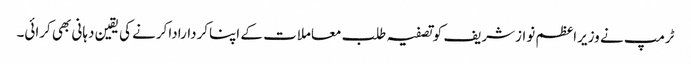
ٹرمپ نے وزیراعظم نوازشریف کوتصفیہ طلب معاملات کے اپناکرداراداکرنے کی یقین دہانی بھی کرائی۔